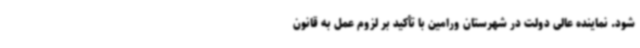
شود. نماینده عالی دولت در شهرستان ورامین با تأکید بر لزوم عمل به قانون